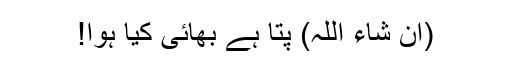
(ان شاء اللہ) پتا ہے بھائی کیا ہوا!